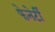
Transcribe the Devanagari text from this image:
फेनेर्टी